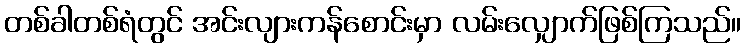
တစ်ခါတစ်ရံတွင် အင်းလျားကန်စောင်းမှာ လမ်းလျှောက်ဖြစ်ကြသည်။